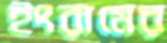
ইংরামের